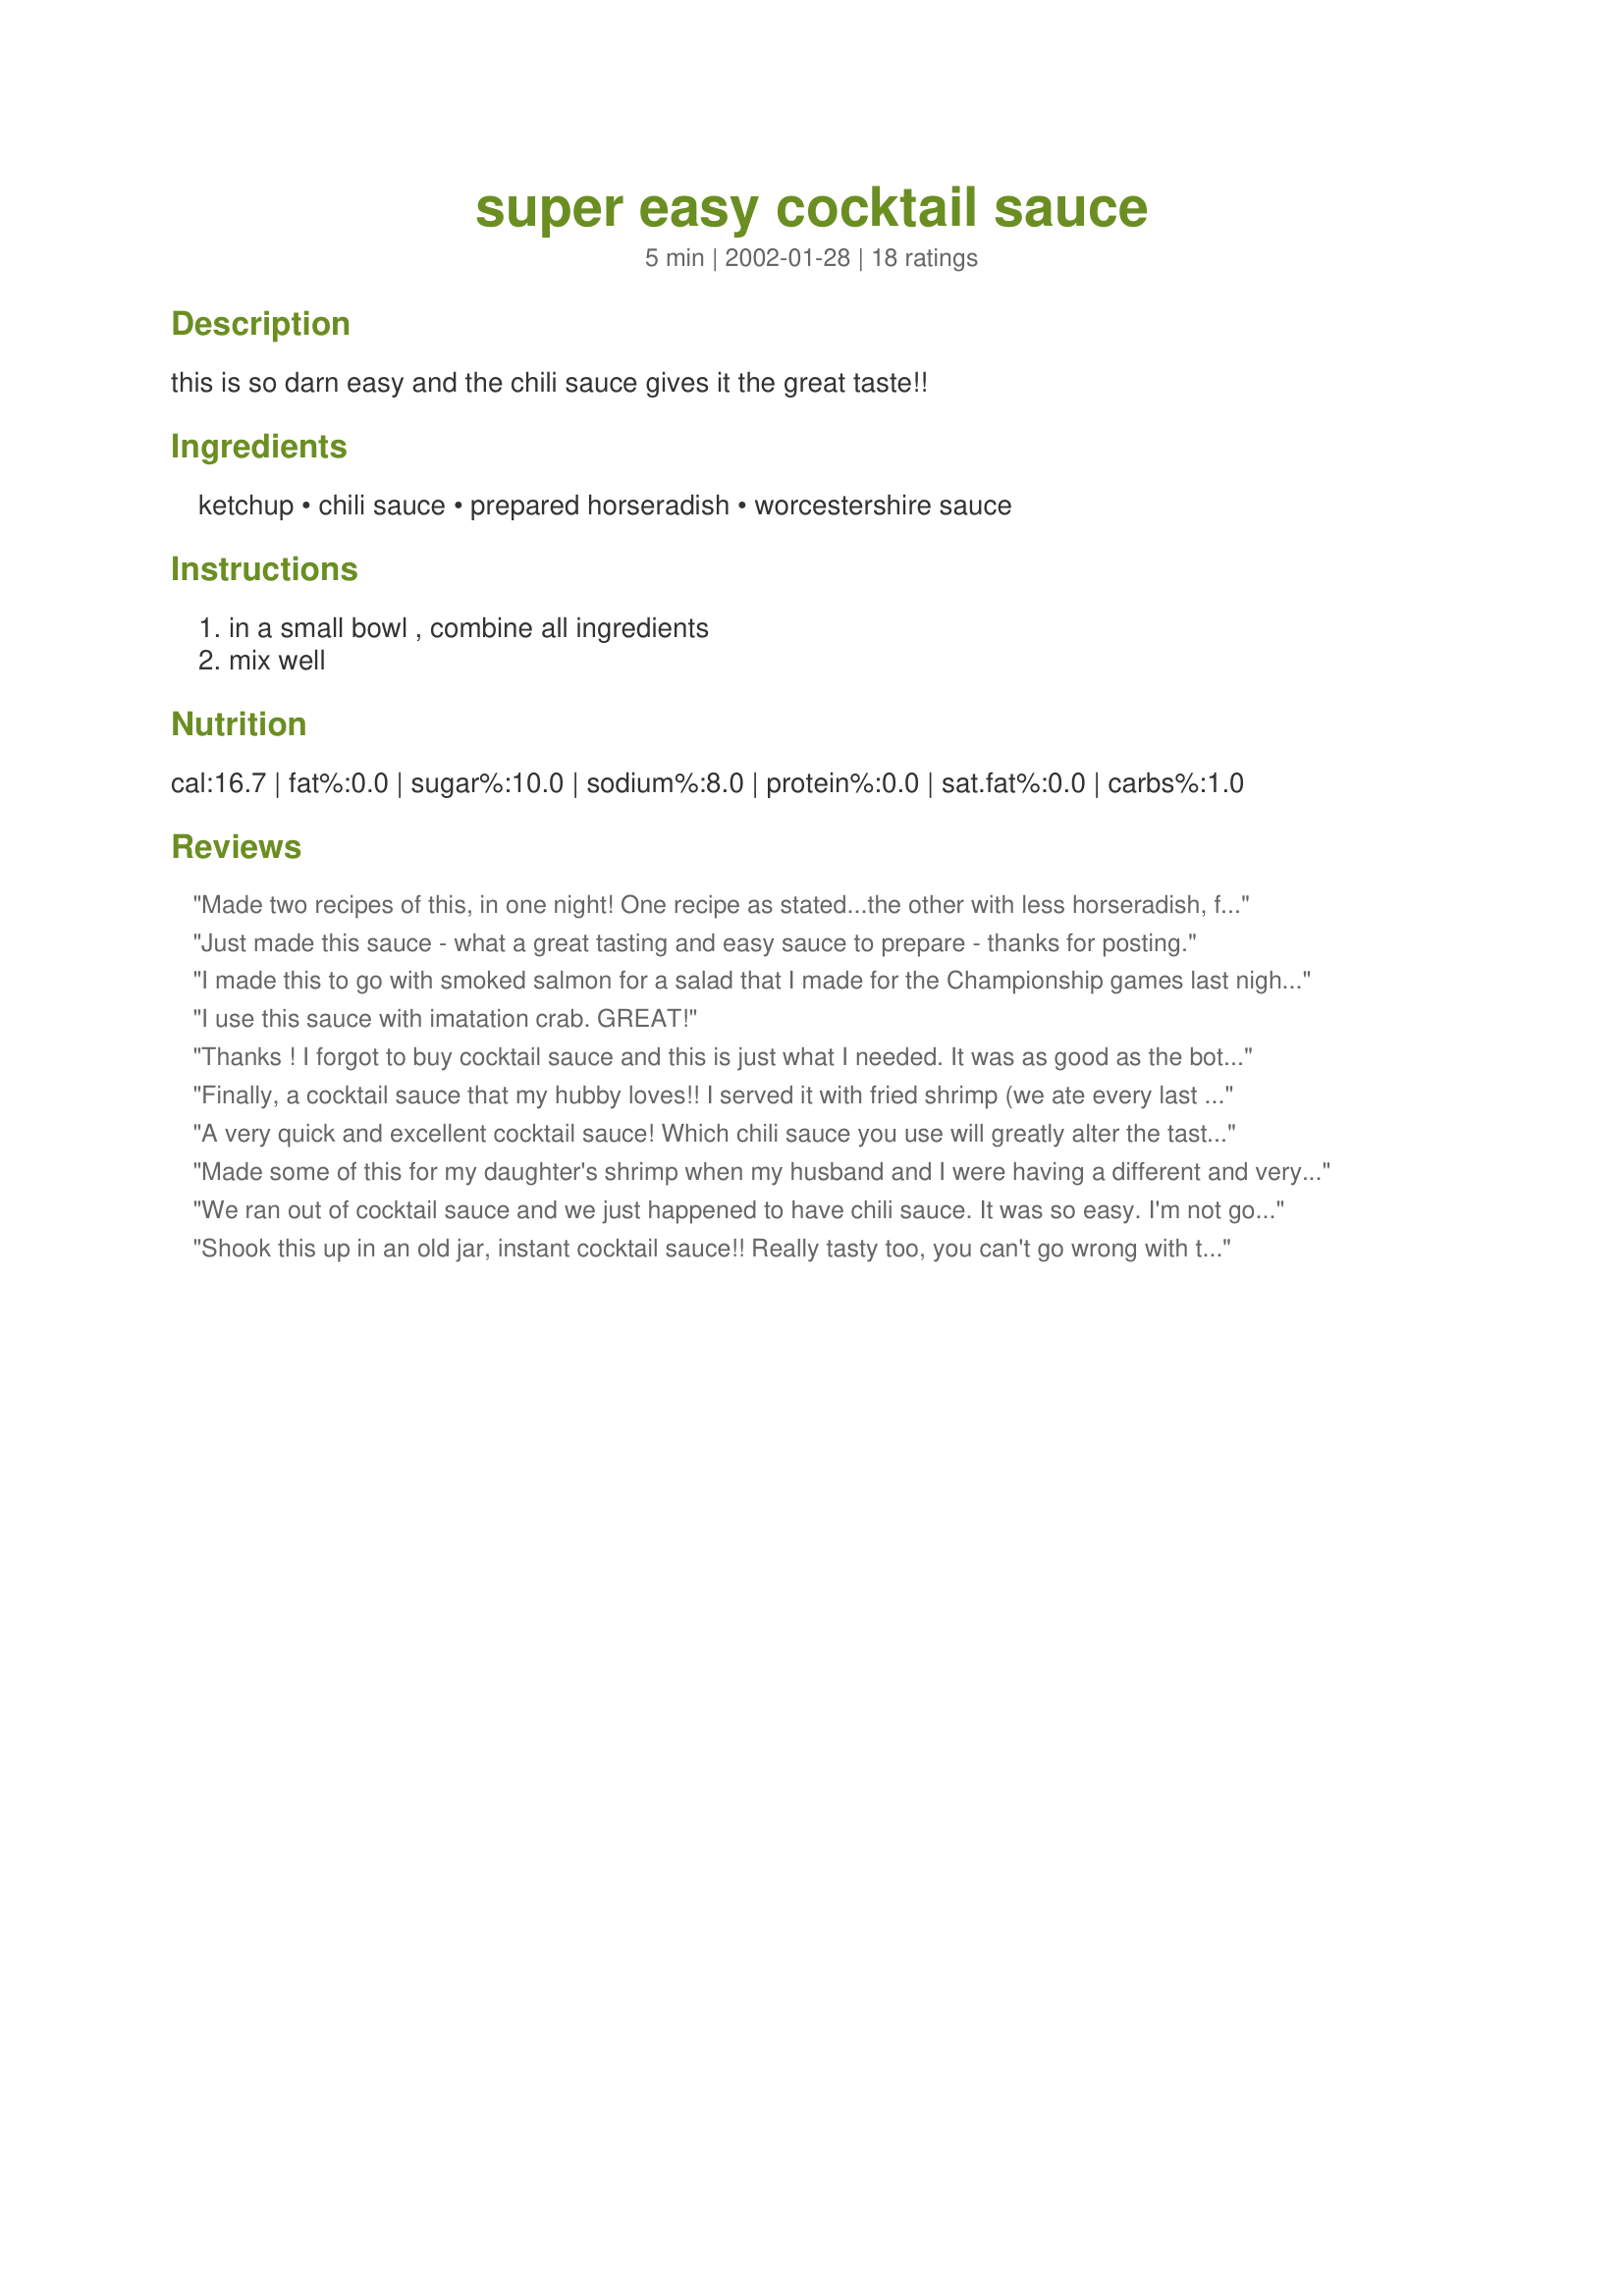
super easy cocktail sauce
Preparation time: 5 minutes

this is so darn easy and the chili sauce gives it the great taste!!

Ingredients:
ketchup, chili sauce, prepared horseradish, worcestershire sauce

Steps:
in a small bowl , combine all ingredients, mix well

Reviews:
Made two recipes of this, in one night!
One recipe as stated...the other with less horseradish, for kids. Everyone mopped it up! Had it with Beer Battered Haddock and Shrimp.
Easy and quick! Loved the taste of both recipes!
Just made this sauce - what a great tasting and easy sauce to prepare - thanks for posting.
I made this to go with smoked salmon for a salad that I made for the Championship games last night. It is just as good as the other recipes with many more ingredients and it is easy.&lt;br/&gt;I can my own chili sauce and catsup, so I had both on hand. Go Seahawks and Patriots !
I use this sauce with imatation crab. GREAT!
Thanks ! I forgot to buy cocktail sauce and this is just what I needed. It was as good as the bottle or maybe even better! We loved it! I used 3 teaspoons of horseradish and added the fresh squeezed juice of half a lemon and it was perfection!
Finally, a cocktail sauce that my hubby loves!! I served it with fried shrimp (we ate every last one because we couldn't get enough of the sauce!!) I added a little more horseradish since we love anything containing horseradish. Thanks, Dana, and God Bless You.
A very quick and excellent cocktail sauce! Which chili sauce you use will greatly alter the taste: I used sweet chili sauce on my first attempt which made the sauce very sweet (which I countered by adding a little more horseradish). Highly recommended!
Made some of this for my daughter's shrimp when my husband and I were having a different and very spicy shrimp dish. I didn't have any cocktail sauce on hand and this was a life-saver! I did go easier on the horseradish cause my daughter, she just hates anything spicy, but she loved this- was mopping it up with her shrimp! Thanks for the easy put together sauce. It kept me from worrying about her having to partake in another of mom-pop spicy escapades LOL!
We ran out of cocktail sauce and we just happened to have chili sauce. It was so easy. I'm not going to buy store bought again.
Shook this up in an old jar, instant cocktail sauce!! Really tasty too, you can't go wrong with this one, it doubled fine!!
Perfect with Crimped Shrimp recipe #176464. Wouldn't change a thing.
This is great!! The flavors are perfect, the sauce is a snap to make. I used 2 t of the horseradish. Just right. We used it on shrimp, but will also try it on crab. Thanks Dana!!
I was in the middle of making a shrimp dip when I realized that I had no cocktail sauce. OUCH! So I came here and found this recipe - its wonderful!! It isn't runny, which some of the store bought ones can be. It was great and very easy to make. I used creamed horseradish with mine and it worked out very well. Thanks for posting, I really appreciate it!!
This was soooo good!! It has a definite bite to it tho! I had it with french fries and hot dogs and it was good on those too. Great recipe Dana! Thanks! This is one I will definitely make again.
This couldn't be easier and more delicious. Made it in under 2.5 minutes and it's just what I've been looking for. I have tried several other cocktail sauce recipes and THIS is the one. So good, so spicy, thanks chef.
Absolutely wonderful! Quick and easy to prepare and all 18 guest raved about this recipe. We had it with boiled shrimp and there was not a drop left. A perfect blend of spicies. Thanks, Dana, for a quick, easy and delicious recipe.
Terrific! By using chli sauce makes it great!!
I add juice of 1/2 fresh lemon.

Chuck
Outstanding and oh-so easy. I usually have the ingredients in house. No more store bought for me! Thanks for posting, Dana!
